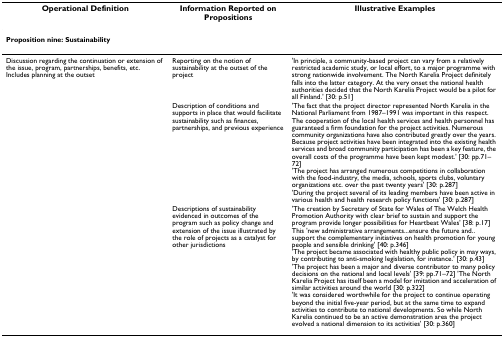
<table><thead><tr><td><b>Operational Definition</b></td><td><b>Information Reported on Propositions</b></td><td><b>Illustrative Examples</b></td></tr></thead><tbody><tr><td colspan="3"><b>Proposition nine: Sustainability</b></td></tr><tr><td>Discussion regarding the continuation or extension of the issue, program, partnerships, benefits, etc. Includes planning at the outset</td><td>Reporting on the notion of sustainability at the outset of the project</td><td>&#x27;In principle, a community-based project can vary from a relatively restricted academic study, or local effort, to a major programme with strong nationwide involvement. The North Karelia Project definitely falls into the latter category. At the very onset the national health authorities decided that the North Karelia Project would be a pilot for all Finland.&#x27; [30: p.51]</td></tr><tr><td></td><td>Description of conditions and supports in place that would facilitate sustainability such as finances, partnerships, and previous experience</td><td>&#x27;The fact that the project director represented North Karelia in the National Parliament from 1987–1991 was important in this respect. The cooperation of the local health services and health personnel has guaranteed a firm foundation for the project activities. Numerous community organizations have also contributed greatly over the years. Because project activities have been integrated into the existing health services and broad community participation has been a key feature, the overall costs of the programme have been kept modest.&#x27; [30: pp.71–72]&#x27;The project has arranged numerous competitions in collaboration with the food-industry, the media, schools, sports clubs, voluntary organizations etc. over the past twenty years&#x27; [30: p.287]&#x27;During the project several of its leading members have been active in various health and health research policy functions&#x27; [30: p.287]</td></tr><tr><td></td><td>Descriptions of sustainability evidenced in outcomes of the program such as policy change and extension of the issue illustrated by the role of projects as a catalyst for other jurisdictions</td><td>&#x27;The creation by Secretary of State for Wales of The Welch Health Promotion Authority with clear brief to sustain and support the program provide longer possibilities for Heartbeat Wales&#x27; [38: p.17]This &#x27;new administrative arrangements...ensure the future and.. support the complementary initiatives on health promotion for young people and sensible drinking&#x27; [40: p.346]&#x27;The project became associated with healthy public policy in may ways, by contributing to anti-smoking legislation, for instance.&#x27; [30: p.43]&#x27;The project has been a major and diverse contributor to many policy decisions on the national and local levels&#x27; [39: pp.71–72] &#x27;The North Karelia Project has itself been a model for imitation and acceleration of similar activities around the world [30: p.322]&#x27;It was considered worthwhile for the project to continue operating beyond the initial five-year period, but at the same time to expand activities to contribute to national developments. So while North Karelia continued to be an active demonstration area the project evolved a national dimension to its activities&#x27; [30: p.360]</td></tr></tbody></table>